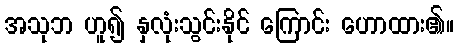
အသုဘ ဟူ၍ နှလုံးသွင်းနိုင် ကြောင်း ဟောထား၏။